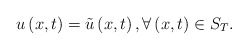
\begin{align*} u\left( x,t\right) = \tilde u \left( x,t\right) ,\forall \left( x,t\right) \in S_T. \end{align*}